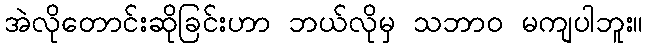
အဲလိုတောင်းဆိုခြင်းဟာ ဘယ်လိုမှ သဘာဝ မကျပါဘူး။